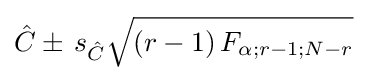
{\hat {C}}\pm \,s_{\hat {C}}{\sqrt {\left(r-1\right)F_{\alpha ;r-1;N-r}}}